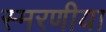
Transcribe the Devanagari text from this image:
स्मरणीया